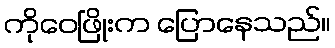
ကိုဝေဖြိုးက ပြောနေသည်။